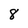
Character: 8